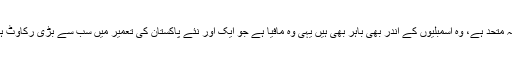
آپ جان لیں کہ آج بھی وسائل سے محروم افراد کو دبائے رکھنے کے لیے مفاد پرستوں کا ٹولہ متحد ہے، وہ اسمبلیوں کے اندر بھی باہر بھی ہیں یہی وہ مافیا ہے جو ایک اور نئے پاکستان کی تعمیر میں سب سے بڑی رکاوٹ ہے لیکن ہمیں یقین ہے کہ وزیراعظم کے وژن کے عین مطابق یہ لٹیرے انجام کو پہنچیں گے۔